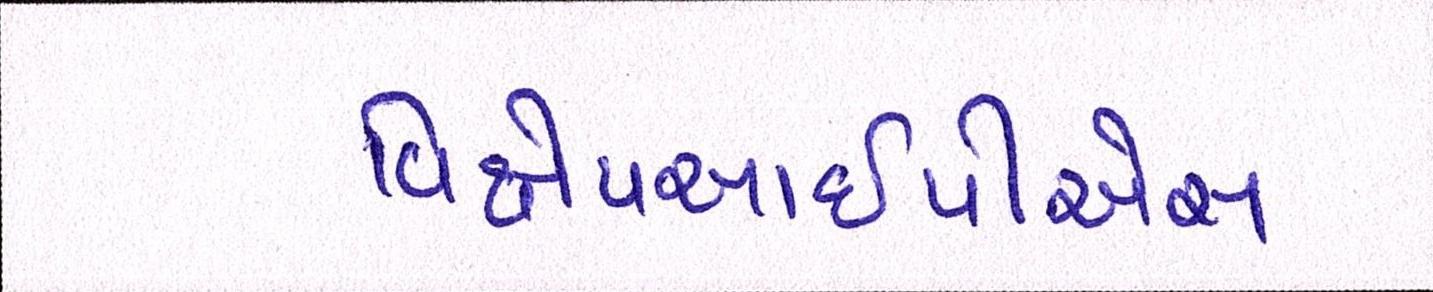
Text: વિક્ષેપઆઇપીએસ